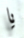
يا